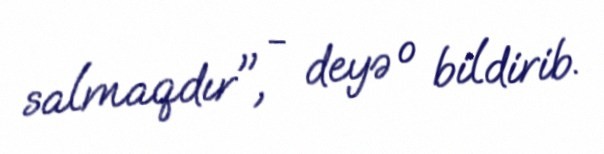
salmaqdır", - deyə o bildirib.